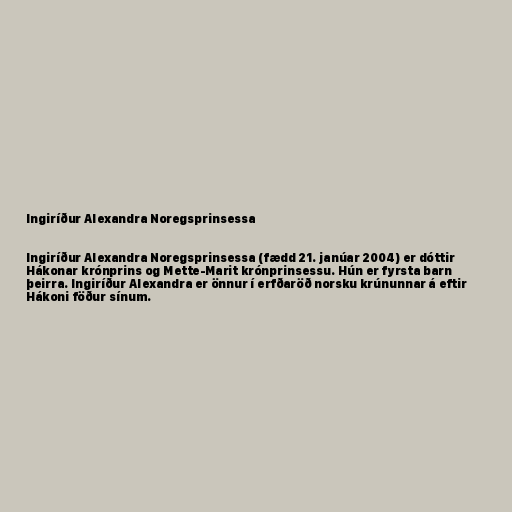
Ingiríður Alexandra Noregsprinsessa

Ingiríður Alexandra Noregsprinsessa (fædd 21. janúar 2004) er dóttir
Hákonar krónprins og Mette-Marit krónprinsessu. Hún er fyrsta barn
þeirra. Ingiríður Alexandra er önnur í erfðaröð norsku krúnunnar á eftir
Hákoni föður sínum.